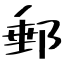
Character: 郵